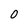
Character: 0